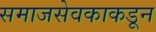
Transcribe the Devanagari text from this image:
समाजसेवकाकडून